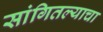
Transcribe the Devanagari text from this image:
सांगितल्याचा